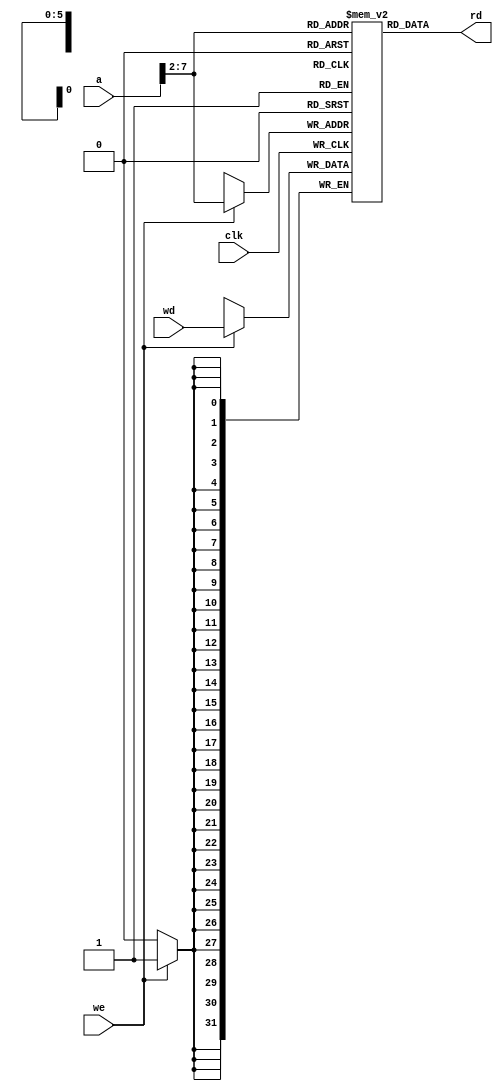
// Description of data memory 
module dmem (input clk, we,
             input [31:0] a, wd,
             output [31:0] rd);
  reg [31:0] RAM[63:0];
  assign rd = RAM[a[31:2]]; // word aligned
  always @ (posedge clk)
    if (we)
      RAM[a[31:2]] <= wd;
endmodule